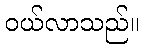
ဝယ်လာသည်။